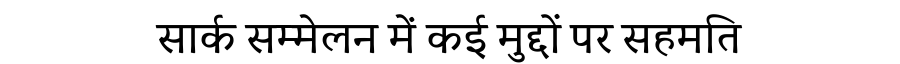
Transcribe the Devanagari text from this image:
सार्क सम्मेलन में कई मुद्दों पर सहमति